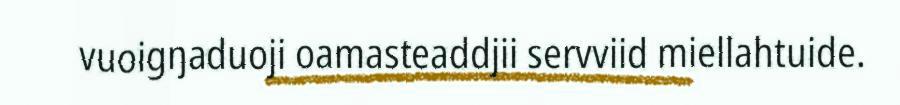
vuoigŋaduoji oamasteaddjii servviid miellahtuide.